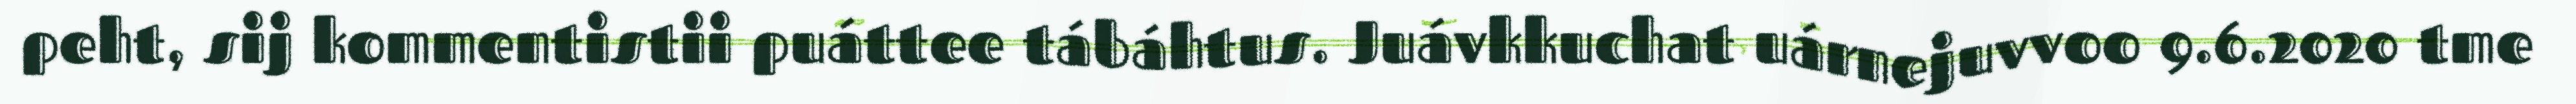
peht, sij kommentistii puáttee tábáhtus. Juávkkuchat uárnejuvvoo 9.6.2020 tme